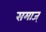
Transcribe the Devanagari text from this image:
समाज्